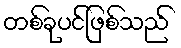
တစ်ခုပင်ဖြစ်သည်